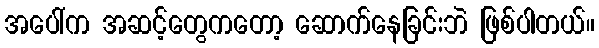
အပေါ်က အဆင့်တွေကတော့ ဆောက်နေခြင်းဘဲ ဖြစ်ပါတယ်။